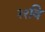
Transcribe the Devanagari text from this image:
२२वि